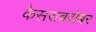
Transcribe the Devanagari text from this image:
केसराबरोबर